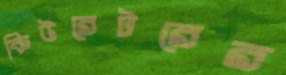
কিউরেটরের